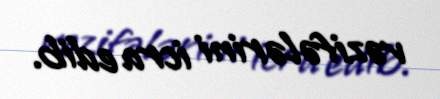
vəzifələrini icra edib.